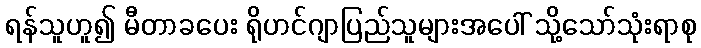
ရန်သူဟူ၍ မီတာခပေး ရိုဟင်ဂျာပြည်သူများအပေါ် သို့သော်သုံးရာစု